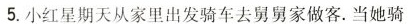
5.小红星期天